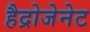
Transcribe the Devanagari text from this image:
हैद्रोजेनेट